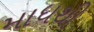
માધથી